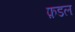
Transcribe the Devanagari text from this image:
फ़डल